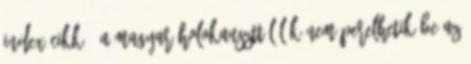
Index cikk: "A magyar holokauszttúlélők nem perelhetik be az